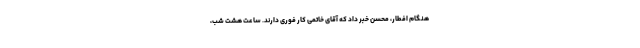
هنگام افطار، محسن خبر داد كه آقاى خاتمى كار فورى دارند. ساعت هشت شب،